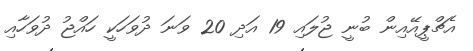
އެޗްޕީއޭއިން ބުނީ ޖުލައި 19 އަދި 20 ވަނަ ދުވަހަކީ ހައްޖު ދުވަހާއި